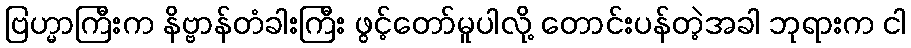
ဗြဟ္မာကြီးက နိဗ္ဗာန်တံခါးကြီး ဖွင့်တော်မူပါလို့ တောင်းပန်တဲ့အခါ ဘုရားက ငါ